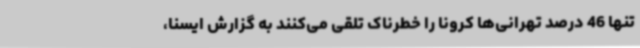
تنها 46 درصد تهرانی‌ها کرونا را خطرناک تلقی می‌کنند به گزارش ایسنا،